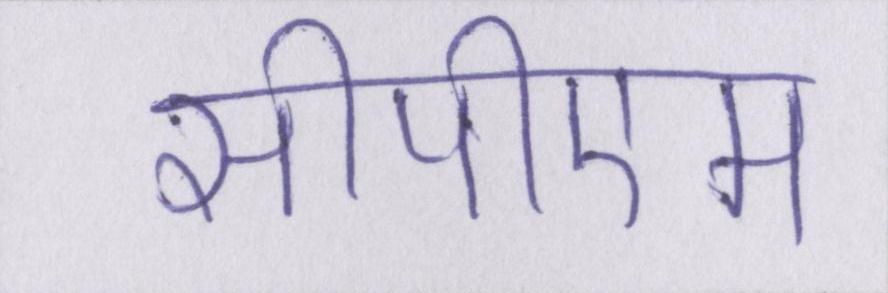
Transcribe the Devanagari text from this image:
सीपीएम